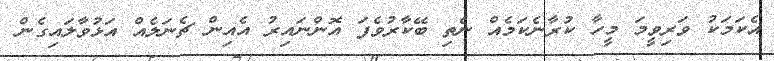
އެކަމަކު ވަރިވީމަ މީހާ ކުރާނެކަމެއް ނެތި ބޭކާރުވެފަ އޮންނައިރު އެއިން ޗެނަލެއް އަޅުވާލައިގެން